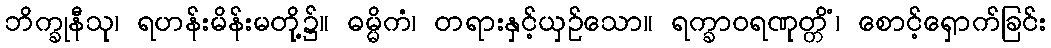
ဘိက္ခုနီသု၊ ရဟန်းမိန်းမတို့၌။ ဓမ္မိကံ၊ တရားနှင့်ယှဉ်သော။ ရက္ခာဝရဏုတ္တိံ၊ စောင့်ရှောက်ခြင်း